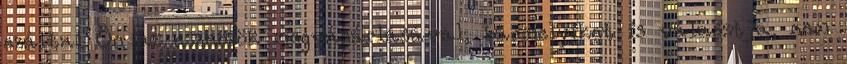
ezáltal Ön az eszközök megvásárlásával, bármelyiket is választja, nem